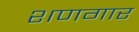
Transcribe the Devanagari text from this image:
शणगार